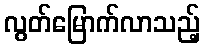
လွတ်မြောက်လာသည့်